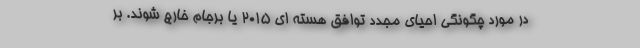
در مورد چگونگی احیای مجدد توافق هسته ای 2015 یا برجام خارج شوند. بر